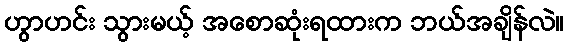
ဟွာဟင်း သွားမယ့် အစောဆုံးရထားက ဘယ်အချိန်လဲ။